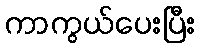
ကာကွယ်ပေးပြီး